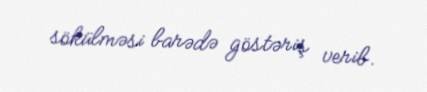
sökülməsi barədə göstəriş verib.